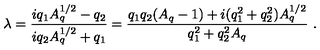
\lambda = { \frac { i q _ { 1 } A _ { q } ^ { 1 / 2 } - q _ { 2 } } { i q _ { 2 } A _ { q } ^ { 1 / 2 } + q _ { 1 } } } = { \frac { q _ { 1 } q _ { 2 } ( A _ { q } - 1 ) + i ( q _ { 1 } ^ { 2 } + q _ { 2 } ^ { 2 } ) A _ { q } ^ { 1 / 2 } } { q _ { 1 } ^ { 2 } + q _ { 2 } ^ { 2 } A _ { q } } } \ .